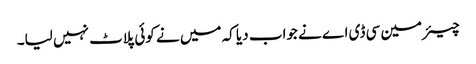
چیئرمین سی ڈی اے نے جواب دیا کہ میں نے کوئی پلاٹ نہیں لیا۔